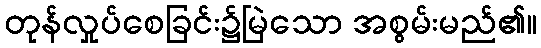
တုန်လှုပ်စေခြင်း၌မြဲသော အစွမ်းမည်၏။